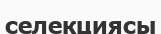
селекциясы